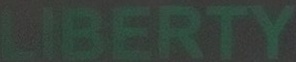
LIBERTY